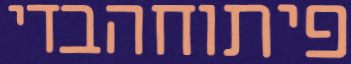
פיתוחהבדי